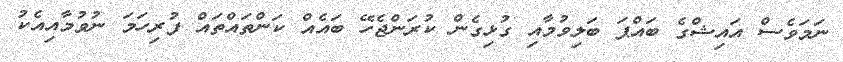
ނަމަވެސް އައިޝްގެ ބައްޕަ ބަލިވުމާއި ގުޅިގެން ކުރަންޖެހޭ ބައެއް ކަންތައްތައް ފުރިހަމަ ނުވުމާއިއެކު